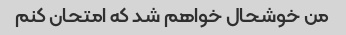
من خوشحال خواهم شد که امتحان کنم